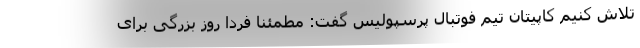
تلاش کنیم کاپیتان تیم فوتبال پرسپولیس گفت: مطمئنا فردا روز بزرگی برای